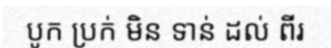
បូក ប្រក់ មិន ទាន់ ដល់ ពីរ